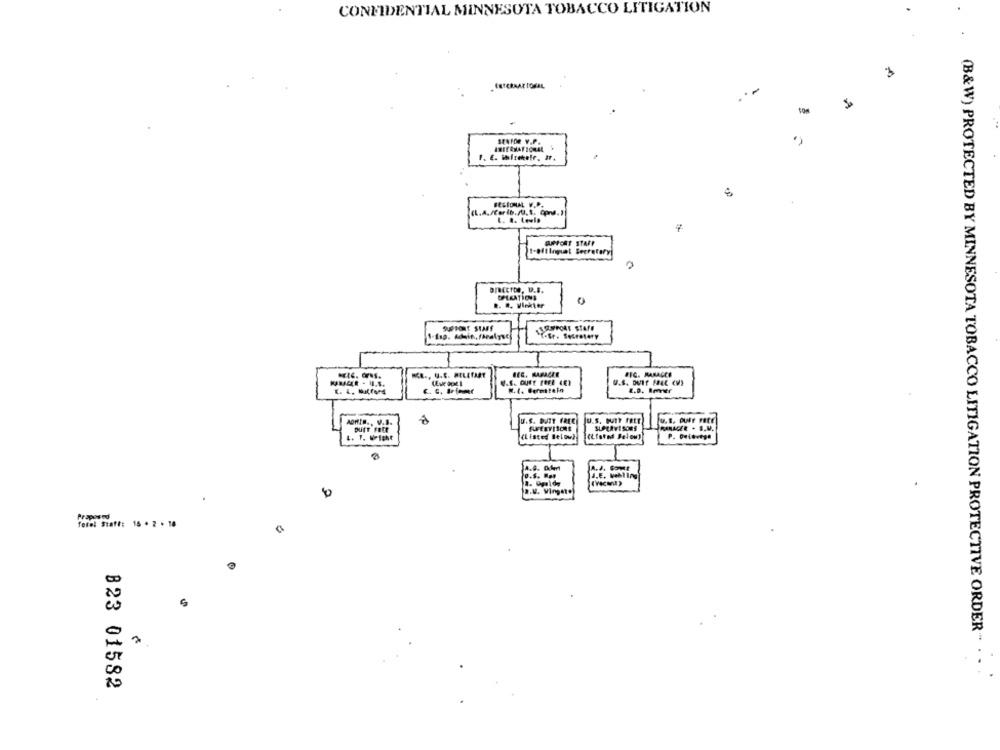
CONFIDENTIAL MINNESOTA TOBACCO LITIGATION
3
..
SENIOR V.P.
BESIONAL V.P.
GUPFORT STAFF
1-BitIngual Secretary
DIEttDe, U.S.
OPERATIONS
.. .. Vinkler
SUPPORT STAFF
1-11p. Achain, Fhealyse
1.fr. Serstory
N.I. Dermeteln
onte ., V.S.
U.S. DUTY FREE
U.s. wIT fatt
u.s. putr rate
purr Fett
SUPERVISORS
L. 1. Wright
(Listed Below)
(Listed Below)
P. Delavega
A.6. 0km
.
Proposed
Totel Statt: 15 . 2 . 18
(B&W) PROTECTED BY MINNESOTA TOBACCO LITIGATION PROTECTIVE ORDER"
823 01582